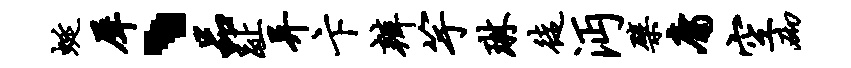
蜒犀、品趾异卞辨竽琳徒沔檗庸空砌